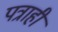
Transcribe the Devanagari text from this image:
पत्राही